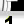
Digit: 1